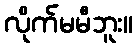
လိုက်မမီဘူး။